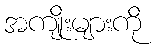
အကျိုးများကို